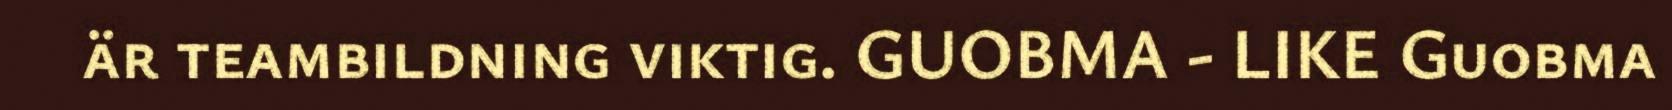
är teambildning viktig. GUOBMA - LIKE Guobma